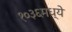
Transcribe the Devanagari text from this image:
१०३६मध्ये